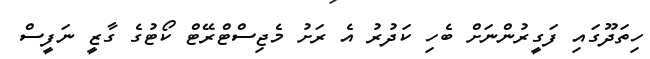
ހިތަދޫގައި ފަގީރުންނަށް ބެހި ކަދުރު އެ ރަށު މެޖިސްޓްރޭޓް ކޯޓުގެ ގާޒީ ނަފީސް